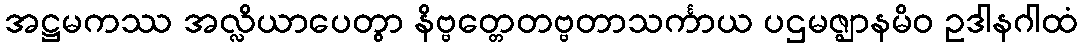
အဋ္ဌမကဿ အလ္လိယာပေတွာ နိဗ္ဗတ္တေတဗ္ဗတာသင်္ကာယ ပဌမဇ္ဈာနမိဝ ဥဒါနဂါထံ